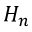
H _ { n }